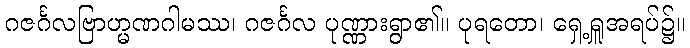
ဂဇင်္ဂလဗြာဟ္မဏဂါမဿ၊ ဂဇင်္ဂလ ပုဏ္ဏားရွာ၏။ ပုရတော၊ ရှေ့ရှူအရပ်၌။